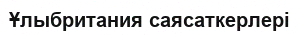
Ұлыбритания саясаткерлері